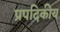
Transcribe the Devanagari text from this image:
प्रपदिकीय